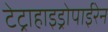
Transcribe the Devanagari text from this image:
टेट्राहाइड्रोपाईरेन